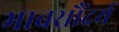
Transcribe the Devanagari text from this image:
भावसौंदर्य